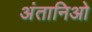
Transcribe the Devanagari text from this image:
अंतानिओ